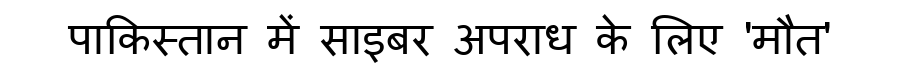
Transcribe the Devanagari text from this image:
पाकिस्तान में साइबर अपराध के लिए 'मौत'